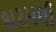
શરમથી